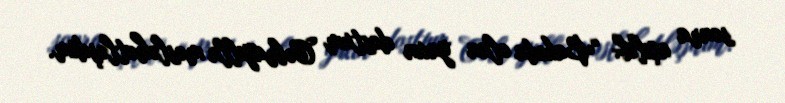
sonra açılıb: “Bakıda olan yaxın dostum Cəbrayılla məsləhətləşdim.